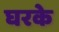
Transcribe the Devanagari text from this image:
घरके